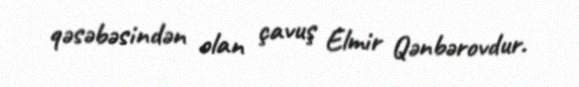
qəsəbəsindən olan çavuş Elmir Qənbərovdur.